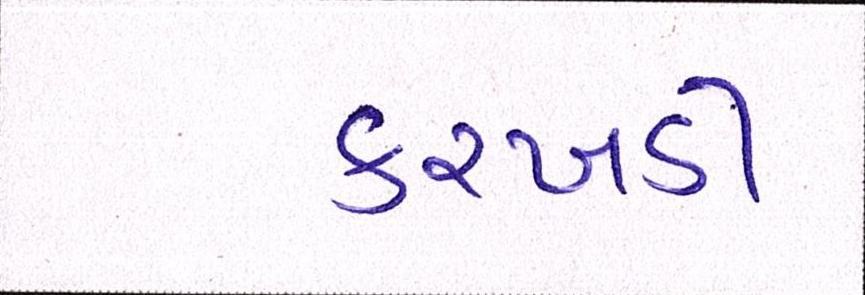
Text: કરખડી